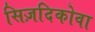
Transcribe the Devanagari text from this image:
सिज़दिकोवा